Indian journal of veterinary science and animal husbandry - Volume 1,
Year: 1931
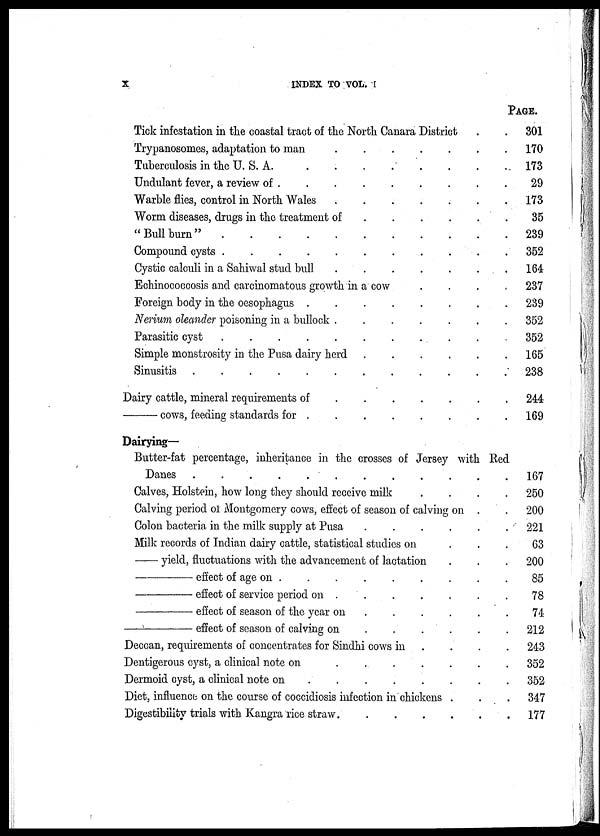
x
INDEX TO VOL. I
Tick infestation in the coastal tract of the North Canara District ..
Trypanosomes, adaptation to man
Tuberculosis in the U. S. A.
Undulant fever, a review of
Warble flies, control in North Wales
Worm diseases, drugs in the treatment of
....
"Bull burn"
Compound cysts
Cystic calculi in a Sahiwal stud bull
......
Echinococcosis and carcinomatous growth in a cow . . . .
Foreign body in the oesophagus
Nerium oleander poisoning in a bullock
......
Parasitic cyst
Simple monstrosity in the Pusa dairy herd
Sinusitis
Dairy cattle, mineral requirements of
—
cows, feeding standards for
Dairying—
PAGE.
301
170
173
29
173
35
239
352
164
237
239
352
352
165
238
244
169
Butter-fat percentage, inheritance in the crosses of Jersey with Red
Danes
............
Calves, Holstein, how long they should receive milk
.
.
.
.
Calving period of Montgomery cows, effect of season of calving on . .
Colon bacteria in the milk supply at Pusa
......
Milk records of Indian dairy cattle, statistical studies on
.
.
.
— yield, fluctuations with the advancement of lactation . . .
—
effect of age on
.........
—
effect of service period on
.......
—
effect of season of the year on
.....
—
effect of season of calving on
. . . .
Deccan, requirements of concentrates for Sindhi cows in . . . .
Dentigerous cyst, a clinical note on
......
Dermoid cyst, a clinical note on
Diet, influence on the course of coccidiosis infection in chickens . . .
Digestibility trials with Kangra rice straw
167
250
200
221
63
200
85
78
74
212
243
352
352
347
177